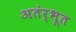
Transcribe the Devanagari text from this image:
अतंर्भूत